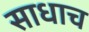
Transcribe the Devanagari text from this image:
साधाच